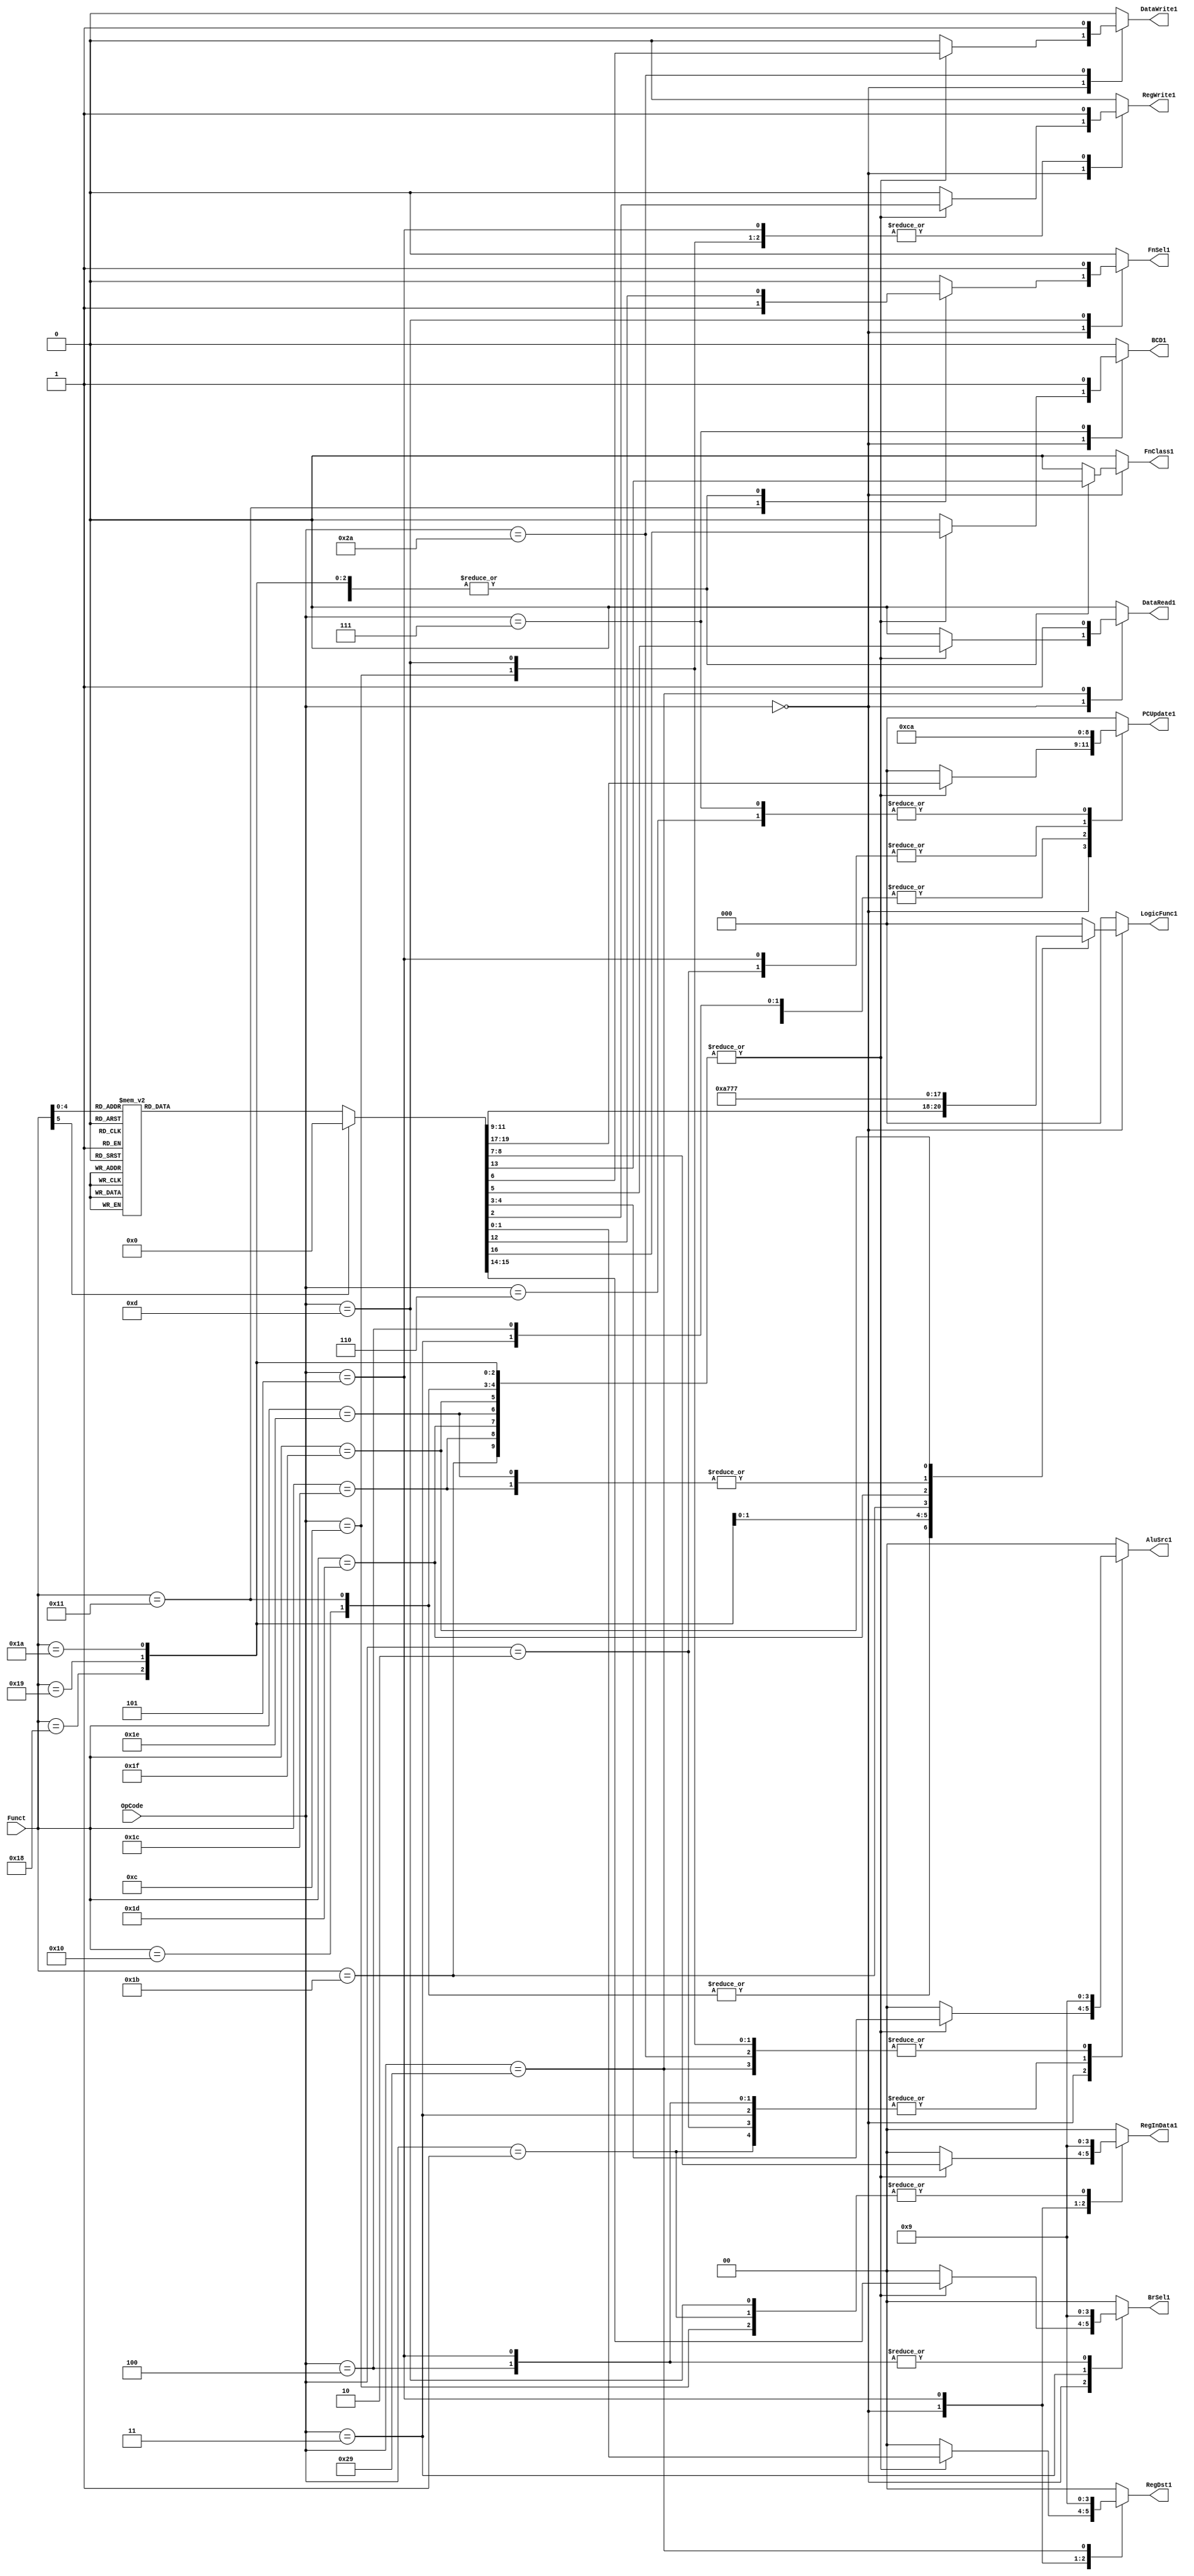
`timescale 1ns / 1ps
//////////////////////////////////////////////////////////////////////////////////
// Company: 
// Engineer: 
// 
// Design Name: 
// Module Name:    ControlUnit 
// Project Name: 
// Target Devices: 
// Tool versions: 
// Description: 
//
// Dependencies: 
//
// Revision: 
// Revision 0.01 - File Created
// Additional Comments: 
//
//////////////////////////////////////////////////////////////////////////////////
module ControlUnit(
	  input [5:0] OpCode,
	  input [5:0] Funct,
	  output [1:0] RegDst1,
	  output RegWrite1,
	  output [1:0] AluSrc1,
	  output DataRead1,
	  output DataWrite1,
     output [1:0] RegInData1,
     output [2:0] PCUpdate1,
     output [2:0] LogicFunc1,
     output FnSel1,
     output FnClass1,
     output [1:0] BrSel1,
     output BCD1
     );
	  
	  reg [1:0] RegDst;
	  reg RegWrite;
	  reg [1:0] AluSrc;
	  reg DataRead;
	  reg DataWrite;
     reg [1:0] RegInData;
     reg [2:0] PCUpdate;
     reg [2:0] LogicFunc;
     reg FnSel;
     reg FnClass;
     reg [1:0] BrSel;
     reg BCD; 
	  
	  always @(OpCode or Funct)
	  
	  begin
	                 RegDst = 0;
						  RegWrite = 0;
	                 AluSrc = 2'b00;
                    DataRead = 0;
                    DataWrite = 0;
                    RegInData = 0;
                    PCUpdate = 0;     
                    LogicFunc = 0;
                    FnSel = 0;
                    FnClass = 0;
	                 BrSel  = 0;
	                 BCD = 0;
	   
	  case(OpCode)	
	  0:
	  begin
	    case(Funct)
		 
		 6'b01000:                                 //br
		           begin
					    PCUpdate = 3'b100;
					  end
		                     
		 6'b10000,                                 //add
       6'b10001,                                 //comp
       6'b11000,                                 //and
		 6'b11001,                                 //xor
       6'b11011,                                 //shllv
       6'b11111,                                 //shrlv
		 6'b11101: begin                           //shrav
						 RegDst= 2'b00;
						 RegWrite = 1'b1;
						 AluSrc = 2'b00;
						 DataRead = 1'b0;
						 DataWrite = 1'b0;
						 RegInData = 1;
						 PCUpdate = 3'b0;
						 FnClass = 1;
					  end
					  
		6'b11010,                                  //shll
		6'b11100,                                  //shra
		6'b11110:  begin                           //shrl
						 RegDst = 2'b00;
						 RegWrite = 1'b1;
						 AluSrc = 2'b10;
						 DataRead = 1'b0;
						 DataWrite = 1'b0;
						 RegInData = 1'b1;
						 PCUpdate = 3'b0;
						 FnClass = 1;
		           end
      default:
		begin
                	  RegDst = 0;
						  RegWrite = 0;
	                 AluSrc = 2'b00;
                    DataRead = 0;
                    DataWrite = 0;
                    RegInData = 0;
                    PCUpdate = 0;     
                    LogicFunc = 0;
                    FnSel = 0;
                    FnClass = 0;
	                 BrSel  = 0;
	                 BCD = 0;	
		end					  
		 endcase
		 
		 
		 case(Funct)
		 6'b10000:                        //add
		  begin
		     FnSel = 0;
		     FnClass = 0; 
		  end
		  
		 6'b10001:                    //comp
		   begin
			   FnSel = 1;
            FnClass = 0;
         end
        		
      6'b11000:                     //and
         begin
            LogicFunc = 0;
         end
			
		6'b11001:                      //xor
         begin
            LogicFunc = 3'b001;
         end
 	   
      6'b11010:                      //shll
            LogicFunc = 3'b010;
      6'b11011:                      //shllv
            LogicFunc = 3'b011;
      6'b11100:                      //shra
            LogicFunc = 3'b110;
      6'b11101:                      //shrav
            LogicFunc = 3'b101;
      6'b11110:                      //shrl
            LogicFunc = 3'b110;
      6'b11111:                     //shrlv
            LogicFunc = 3'b111;
		default:
		begin
                	  RegDst = 0;
						  RegWrite = 0;
	                 AluSrc = 2'b00;
                    DataRead = 0;
                    DataWrite = 0;
                    RegInData = 0;
                    PCUpdate = 0;     
                    LogicFunc = 0;
                    FnSel = 0;
                    FnClass = 0;
	                 BrSel  = 0;
	                 BCD = 0;	
		end
            		
				
		endcase
		end
		 
		6'b000001:                      //bltz
		  begin
					  AluSrc = 2'b10;
					  RegInData = 2'b1;
					  PCUpdate = 3'b011;             
                 LogicFunc = 3'b000;
					  FnClass =3'b0;
					  BrSel = 2'b00;
		 
	    end
	  
	   6'b000010:                       //b
		 begin
					  AluSrc = 2'b10;
					  PCUpdate = 3'b001;
                 LogicFunc = 3'b000;
					  FnClass =3'b0;
					  BrSel = 2'b00;
		 end
		 
	   6'b000011:                       //bz
		  begin
					  AluSrc = 2'b10;
					  PCUpdate = 3'b011;
                 LogicFunc = 3'b000;
					  FnClass = 3'b0;
					  BrSel = 2'b10;
        end
	  
	   6'b000100:                    //bnz
		  begin
					  RegDst = 2'b00;
					  AluSrc = 2'b10;
					  PCUpdate = 3'b011;
                 LogicFunc = 3'b000;
					  FnClass =3'b0;
					  BrSel = 2'b01;
        end
	  
	   6'b000101:                  //bl 
		  begin
		           RegDst = 2'b10;
		           RegWrite = 1'b1;
					  AluSrc = 2'b10;
					  DataRead = 1'b0;
					  DataWrite = 1'b0;
					  RegInData = 2'b10;
					  PCUpdate = 3'b001;
                 LogicFunc = 3'b000;
					  FnClass =3'b0;
					  BrSel = 2'b01;
					  BCD = 0;
        end
	  
	  6'b000110:                     //bcy
		  begin
		          
					  PCUpdate = 3'b010;
					  BCD = 0;
        end
		 
	  6'b000111:                     //bncy
		  begin
		         PCUpdate = 3'b010;
					BCD = 1;
	     end
	  
	  6'b101001:                     //lw
		  begin
		           RegDst = 2'b01;
		           RegWrite = 1'b1;
					  AluSrc = 2'b01;
					  DataRead = 1'b1;
					  DataWrite = 1'b0;
					  RegInData = 2'b00;
					  PCUpdate = 3'b000;
                 LogicFunc = 3'b000;
					  FnClass =3'b0;
					  FnSel = 0;
        end
	  
	 6'b101010:                     //sw
		  begin
		           RegWrite = 1'b0;
					  AluSrc = 2'b01;
					  DataRead = 1'b0;
					  DataWrite = 1'b1;
					  PCUpdate = 3'b000;
                 LogicFunc = 3'b000;
					  FnClass =3'b0;
					  FnSel = 0;
        end
	  
	   6'b001100:                 //addi
	     begin
						RegDst = 2'b00;
						RegWrite = 1;
						AluSrc = 2'b01;
						RegInData = 1;
						FnSel = 0;
						FnClass = 0;
						PCUpdate = 0;
	     end
	  
	  6'b001101:                //compi
	     begin
						RegDst = 2'b00;
						RegWrite = 1;
						AluSrc = 2'b01;
						RegInData =1;
						FnSel = 1;
						FnClass = 0;
						PCUpdate = 0;
	     end
		default:
		begin
                	  RegDst = 0;
						  RegWrite = 0;
	                 AluSrc = 2'b00;
                    DataRead = 0;
                    DataWrite = 0;
                    RegInData = 0;
                    PCUpdate = 0;     
                    LogicFunc = 0;
                    FnSel = 0;
                    FnClass = 0;
	                 BrSel  = 0;
	                 BCD = 0;	
		end				
		  
	  
	  endcase
	 end 
	 
	 assign RegDst1 = RegDst;
	 assign RegWrite1 = RegWrite;
	 assign AluSrc1 = AluSrc;
    assign DataRead1 = DataRead;
    assign DataWrite1 = DataWrite;
    assign RegInData1 = RegInData;
    assign PCUpdate1 = PCUpdate;     
    assign LogicFunc1 = LogicFunc;
    assign FnSel1 = FnSel;
    assign FnClass1 = FnClass;
	 assign BrSel1  = BrSel;
	 assign BCD1 = BCD;
	 
endmodule